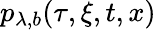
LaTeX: p_{\lambda,b}(\tau,\xi,t,x)